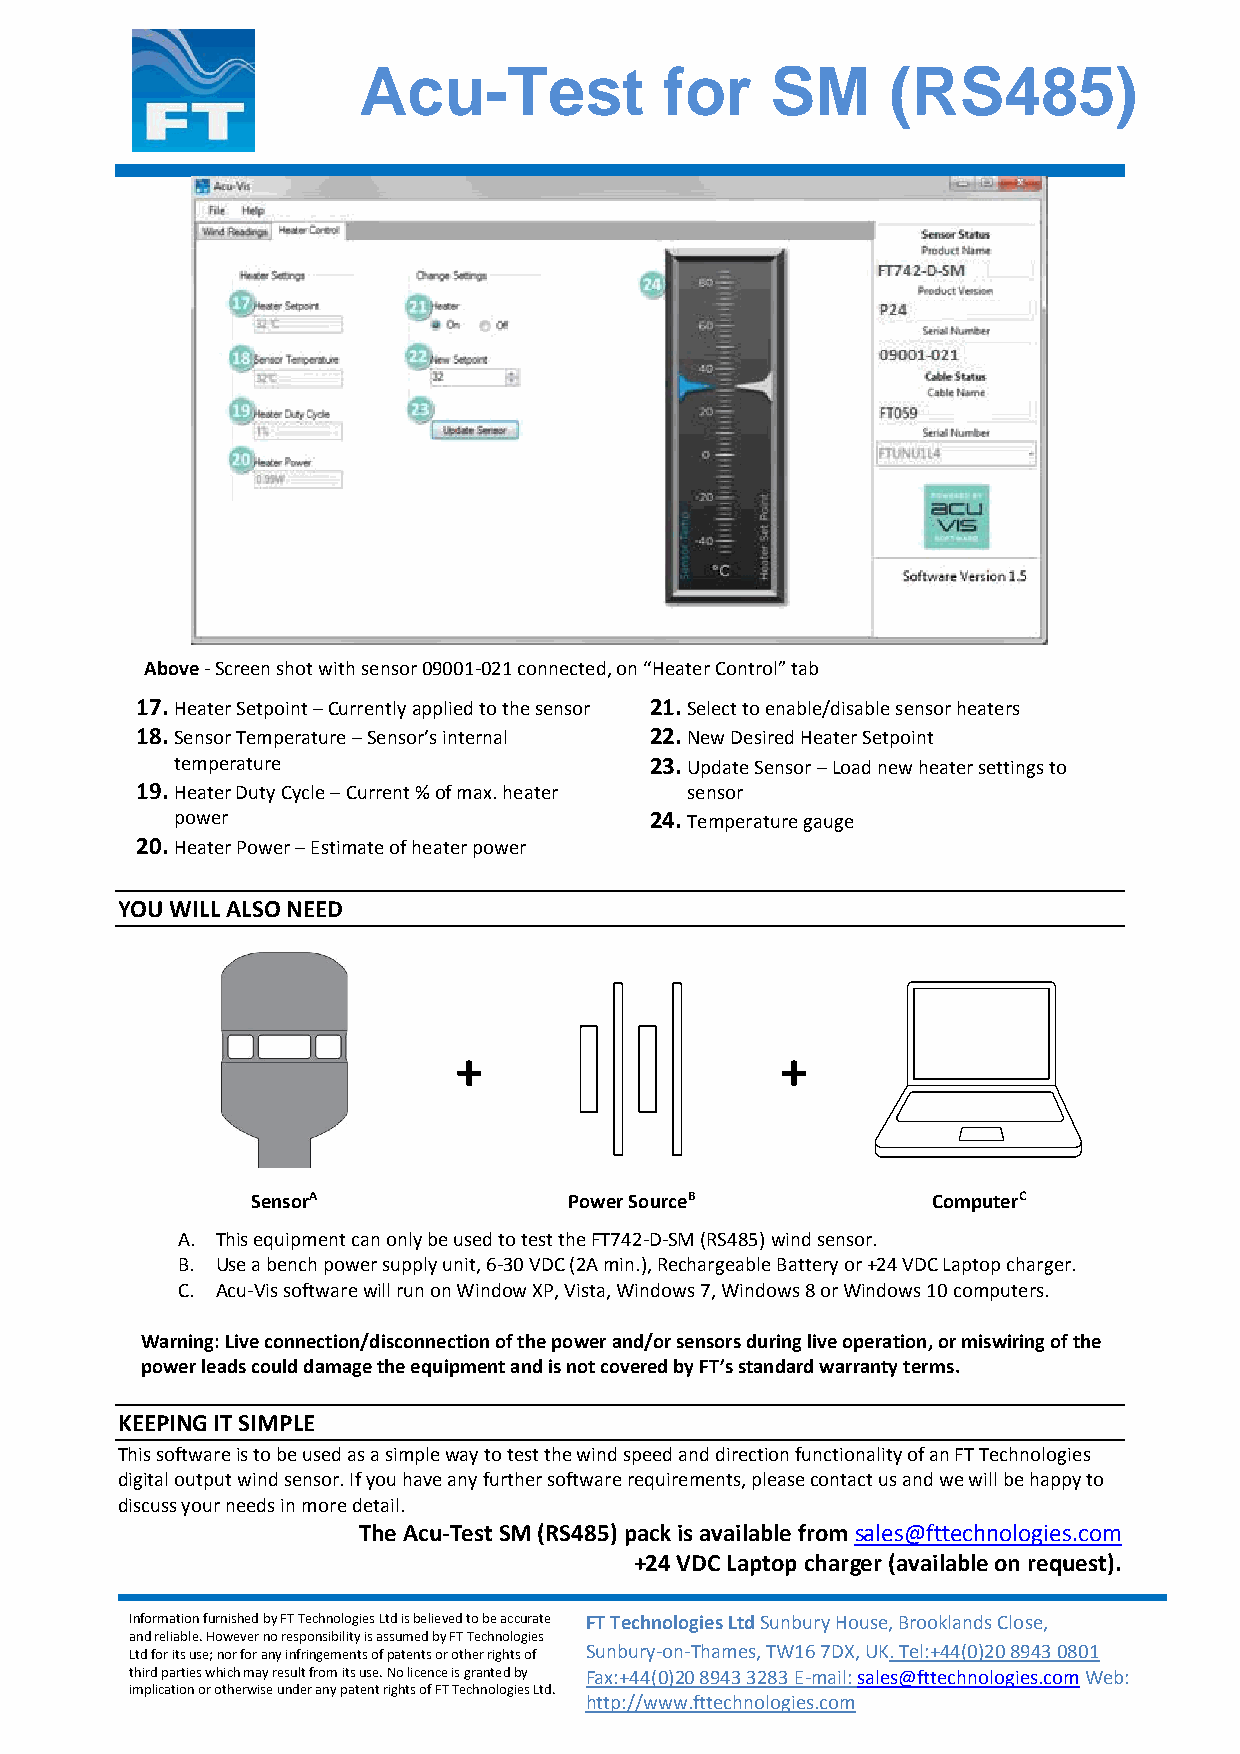
Acu-Test            for    SM      (RS485)
 Above - Screen shot with sensor 09001-021 connected, on “Heater Control” tab
 17. Heater Setpoint – Currently applied to the sensor 21. Select to enable/disable sensor heaters
 18. Sensor Temperature – Sensor’s internal 22. New Desired Heater Setpoint
 temperature                    23. Update Sensor – Load new heater settings to
 19. Heater Duty Cycle – Current % of max. heater sensor
 power                          24. Temperature gauge
 20. Heater Power – Estimate of heater power
 YOU WILL ALSO NEED
 +                     +
 SensorA              Power SourceB           ComputerC
 A. This equipment can only be used to test the FT742-D-SM (RS485) wind sensor.
 B. Use a bench power supply unit, 6-30 VDC (2A min.), Rechargeable Battery or +24 VDC Laptop charger.
 C. Acu-Vis software will run on Window XP, Vista, Windows 7, Windows 8 or Windows 10 computers.
 Warning: Live connection/disconnection of the power and/or sensors during live operation, or miswiring of the
 power leads could damage the equipment and is not covered by FT’s standard warranty terms.
 KEEPING IT SIMPLE
 This software is to be used as a simple way to test the wind speed and direction functionality of an FT Technologies
 digital output wind sensor. If you have any further software requirements, please contact us and we will be happy to
 discuss your needs in more detail.
 The Acu-Test SM (RS485) pack is available from sales@fttechnologies.com
 +24 VDC Laptop charger (available on request).
 Information furnished by FT Technologies Ltd is believed to be accurate FT Technologies Ltd Sunbury House, Brooklands Close,
 and reliable. However no responsibility is assumed by FT Technologies
 Ltd for its use; nor for any infringements of patents or other rights of Sunbury-on-Thames, TW16 7DX, UK. Tel:+44(0)20 8943 0801
 third parties which may result from its use. No licence is granted by Fax:+44(0)20 8943 3283 E-mail: sales@fttechnologies.com Web:
 implication or otherwise under any patent rights of FT Technologies Ltd.
 http://www.fttechnologies.com